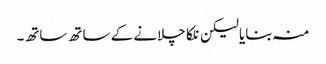
منہ بنایا لیکن نلکا چلانے کے ساتھ ساتھ۔